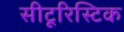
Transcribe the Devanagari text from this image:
सीटूरिस्टिक